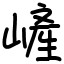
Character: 嵼